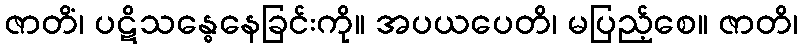
ဇာတိံ၊ ပဋိသန္ဓေနေခြင်းကို။ အပယပေတိ၊ မပြည့်စေ။ ဇာတိ၊